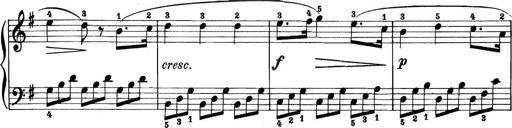
Title: 11 Sonatinas
Composer: Anton Diabelli